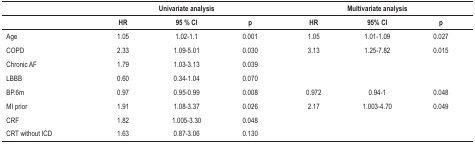
|  | <COLSPAN=3> Univariate analysis | <COLSPAN=3> Multivariate analysis |
 |  | HR | 95 % CI | p | HR | 95% CI | p |
 | --- | --- | --- | --- | --- | --- | --- |
 | Age | 1.05 | 1.02-1.1 | 0.001 | 1.05 | 1.01-1.09 | 0.027 |
 | COPD | 2.33 | 1.09-5.01 | 0.030 | 3.13 | 1.25-7.82 | 0.015 |
 | Chronic AF | 1.79 | 1.03-3.13 | 0.039 |  |  |  |
 | LBBB | 0.60 | 0.34-1.04 | 0.070 |  |  |  |
 | BP.6m | 0.97 | 0.95-0.99 | 0.008 | 0.972 | 0.94-1 | 0.048 |
 | MI prior | 1.91 | 1.08-3.37 | 0.026 | 2.17 | 1.003-4.70 | 0.049 |
 | CRF | 1.82 | 1.005-3.30 | 0.048 |  |  |  |
 | CRT without ICD | 1.63 | 0.87-3.06 | 0.130 |  |  |  |